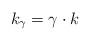
LaTeX: \begin{align*}k_\gamma=\gamma\cdot k \end{align*}